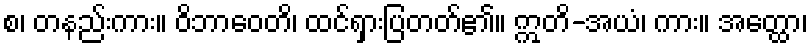
စ၊ တနည်းကား။ ဝိဘာဝေတိ၊ ထင်ရှားပြတတ်၏။ ဣတိ-အယံ၊ ကား။ အတ္ထော၊